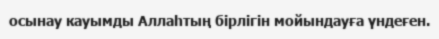
осынау кауымды Аллаһтың бірлігін мойындауға үндеғен.